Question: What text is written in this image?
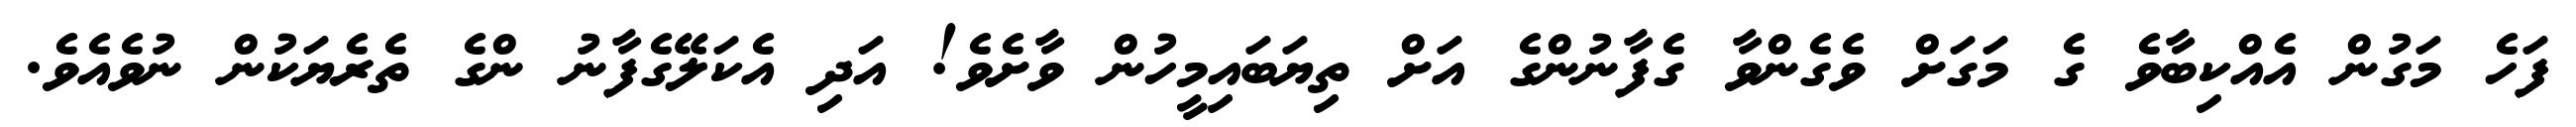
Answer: ފަހެ މަގުން އެއްކިބާވެ ގެ މަގަށް ވެގެންވާ ގެފާނުންގެ އަށް ތިޔަބައިމީހުން ވާށެވެ! އަދި އެކަލޭގެފާނު ންގެ ތެރެޔަކުން ނުވެއެވެ.